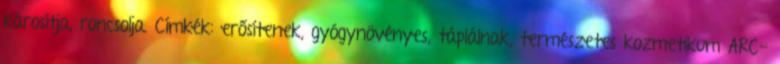
károsítja, roncsolja. Címkék: erősítenek, gyógynövényes, táplálnak, természetes kozmetikum ARC-